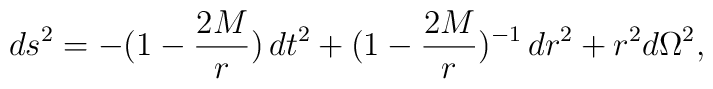
ds^2 =- (1-{2M\over r} )\,dt^2+  (1- {2M\over r} )^{-1}\,dr^2 + r^2 d\Omega^2 ,